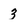
Character: 3